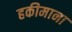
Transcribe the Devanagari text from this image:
हकीमाना